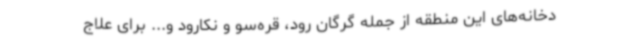
دخانه‌های این منطقه از جمله گرگان رود، قره‌سو و نکارود و... برای علاج